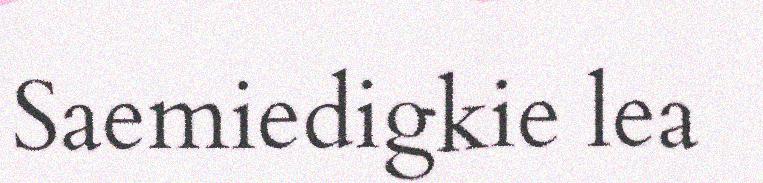
Saemiedigkie lea